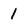
Character: 1